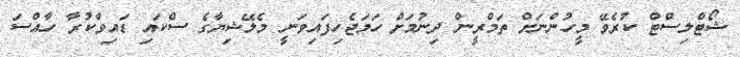
ޝޯޓްލިސްޓް ކުރެވޭ މީހުންނަށް ތަމްރީން ދިނުމަށް ހަމަޖެހިފައިވަނީ މެލޭޝިޔާގެ ސްކައި ޑައިވްކުރާ ހާއްސަ